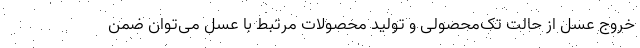
خروج عسل از حالت تک‌محصولی و تولید محصولات مرتبط با عسل می‌توان ضمن